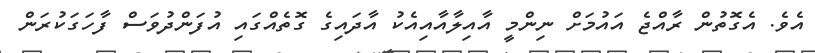
އެވެ. އެގޮތުން ރާއްޖެ އައުމަށް ނިންމީ އާއިލާއާއިއެކު އާދައިގެ ގޮތެއްގައި އުފަންދުވަސް ފާހަގަކުރަން